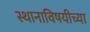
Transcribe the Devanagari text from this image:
स्थानाविषयीच्या